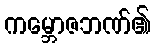
ကမ္ဘောဇဘဏ်၏